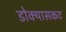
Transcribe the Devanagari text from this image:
डोक्यासकट